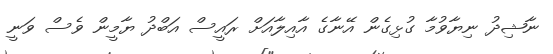
ނާޝިދު ނިޔާވުމާ ގުޅިގެން އޭނާގެ އާއިލާއަށް ރައީސް އަބްދު ޔާމީން ވެސް ވަނީ